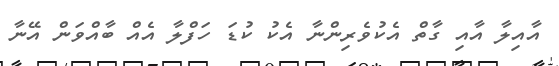
އާއިލާ އާއި ގާތް އެކުވެރިންނާ އެކު ކުޑަ ހަފްލާ އެއް ބާއްވަން އޭނާ